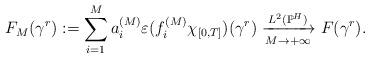
LaTeX: \begin{align*}F_M(\gamma^r):=\sum_{i=1}^{M }a_{i}^{(M)}\varepsilon (f_{i}^{(M)}\chi_{[0,T]})(\gamma^r)\xrightarrow[M\rightarrow+\infty]{L^2(\mathbb P^H)}F(\gamma^r).\end{align*}